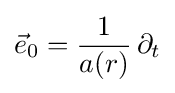
{\vec {e}}_{0}={\frac {1}{a(r)}}\,\partial _{t}